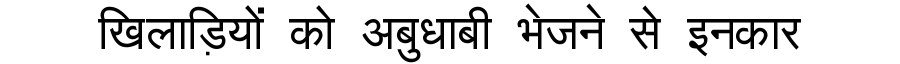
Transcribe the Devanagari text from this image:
खिलाड़ियों को अबुधाबी भेजने से इनकार